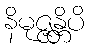
နိမုဇ္ဇန္တိပိ